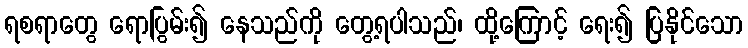
ရစရာတွေ ရောပြွမ်း၍ နေသည်ကို တွေ့ရပါသည်၊ ထို့ကြောင့် ရေး၍ ပြနိုင်သော